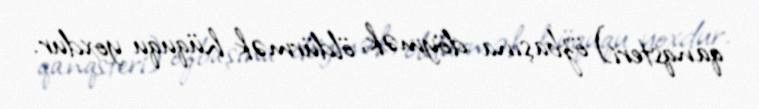
qanqsteri) özbaşına döymək, öldürmək hüququ yoxdur.